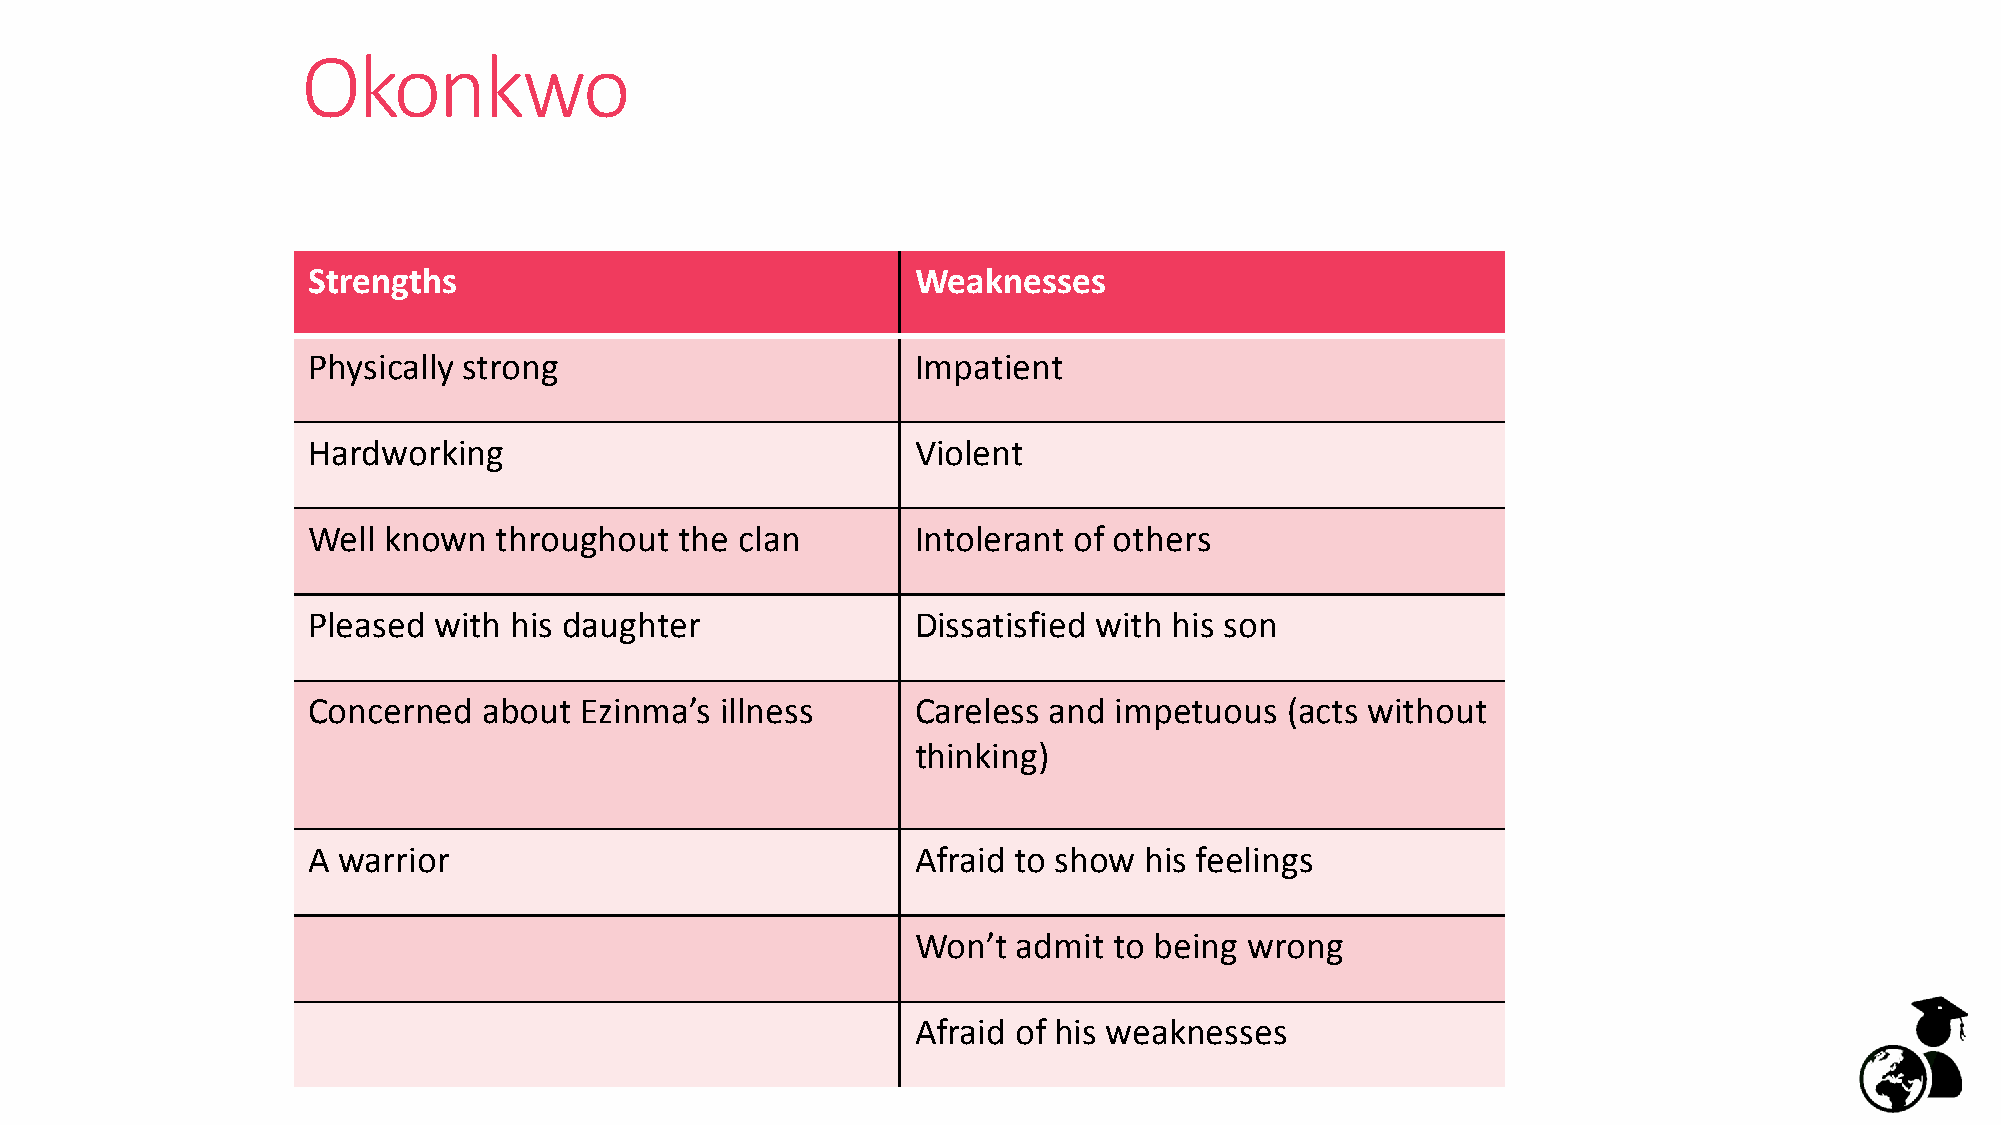
Okonkwo
 Strengths                                Weaknesses
 Physically strong                        Impatient
 Hardworking                              Violent
 Well known   throughout  the clan        Intolerant of others
 Pleased  with his daughter               Dissatisfied with his son
 Concerned   about Ezinma’s  illness      Careless and impetuous  (acts without
 thinking)
 A warrior                                Afraid to show his feelings
 Won’t admit  to being wrong
 Afraid of his weaknesses